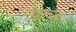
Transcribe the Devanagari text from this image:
फ़िश्कल